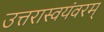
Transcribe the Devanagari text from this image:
उत्तरास्वयंवरम्